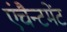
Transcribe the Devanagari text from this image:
एंचैन्टमेंट